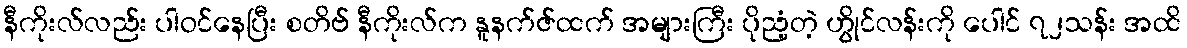
နီကိုးလ်လည်း ပါဝင်နေပြီး စတိဗ် နီကိုးလ်က နူနက်ဇ်ထက် အများကြီး ပိုညံ့တဲ့ ဟွိုင်လန်းကို ပေါင် ၇၂သန်း အထိ